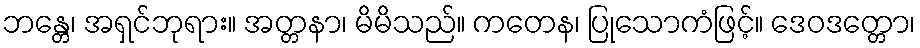
ဘန္တေ၊ အရှင်ဘုရား။ အတ္တနာ၊ မိမိသည်။ ကတေန၊ ပြုသောကံဖြင့်။ ဒေဝဒတ္တော၊